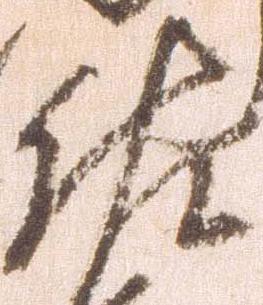
佐